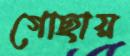
গোছায়